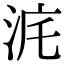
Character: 𣳥